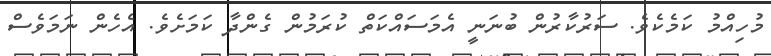
މުހިއްމު ކަމެކެވެ. ސަރުކާރުން ބުނަނީ އެމަސައްކަތް ކުރަމުން ގެންދާ ކަމަށެވެ. އެހެން ނަމަވެސް